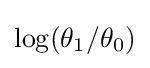
\log(\theta _{1}/\theta _{0})